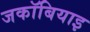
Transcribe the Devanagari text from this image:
जकॉबियाइ